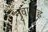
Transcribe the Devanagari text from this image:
नृवाराह